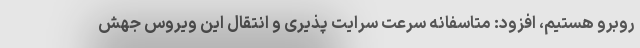
روبرو هستیم، افزود: متاسفانه سرعت سرایت پذیری و انتقال این ویروس جهش